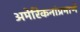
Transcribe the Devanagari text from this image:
अमेरिकनांप्रमाणे